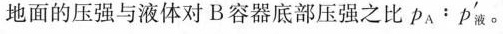
地面的压强与液体对B容器底部压强之比$$P _ { A } : P ' _ { 液 }。